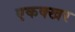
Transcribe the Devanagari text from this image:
एकक्खर